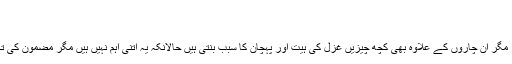
ارشین بخاری, ‏25 جولائی 2011
آصف احمد بھٹی ​
ہم غزل کے چارابتدائی اور بنیادی اجزائے ترکیبی پر بحث کر چکے ہیں ، مگر اِن چاروں کے علاوہ بھی کچھ چیزیں غزل کی ہیت اور پہچان کا سبب بنتی ہیں حالانکہ یہ اتنی اہم نہیں ہیں مگر مضمون کی تکمیل اور معلومات کی خاطر اِن کا ذکر بھی کر دیا جائے تو مناسب ہو گا۔